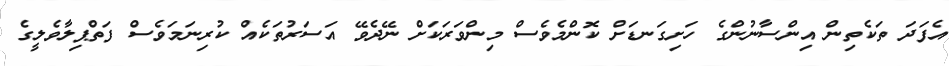
އެފަދަ ތަކެތިން އިންސާނުންގެ ހަށިގަނޑަށް ކޮންމެވެސް މިންވަރަކަށް ނޭދެވޭ އަސަރުތަކެއް ކުރިނަމަވެސް ފަތްޕިލާވެލީގެ